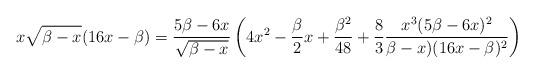
LaTeX: \begin{align*}x\sqrt{\beta -x} (16x-\beta) =\frac{ 5\beta - 6x}{\sqrt{\beta-x}}\left(4x^2 - \frac{\beta}{2}x +\frac{\beta^2}{48} +\frac{8}{3}\frac{x^3 (5\beta -6x)^2}{\beta-x)(16x-\beta)^2}\right)\end{align*}